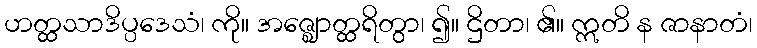
ဟတ္ထသာဒိပ္ပဒေသံ၊ ကို။ အဇ္ဈောတ္ထရိတွာ၊ ၍။ ဌိတာ၊ ၏။ ဣတိ န ဇာနာတံ၊